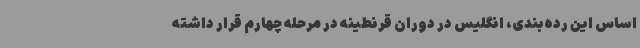
اساس این رده‌بندی، انگلیس در دوران قرنطینه در مرحله چهارم قرار داشته